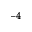
^ { - 4 }